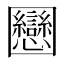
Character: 𡈻